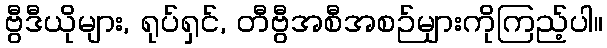
ဗွီဒီယိုများ, ရုပ်ရှင်, တီဗွီအစီအစဉ်များကိုကြည့်ပါ။